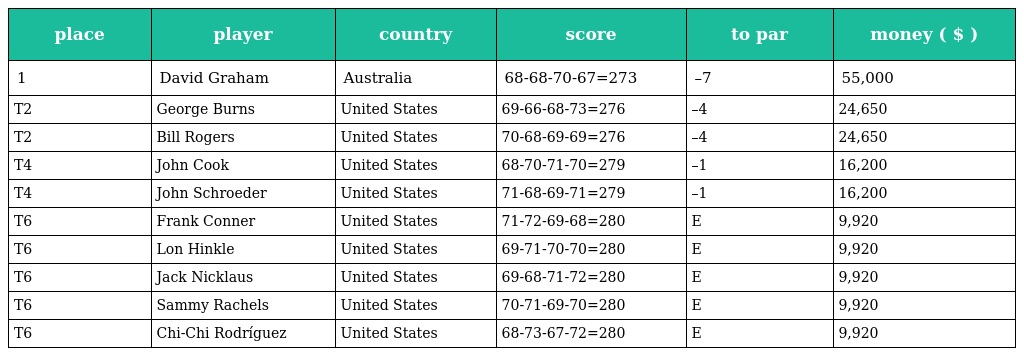
| place | player | country | score | to par | money ( $ ) |
 | --- | --- | --- | --- | --- | --- |
 | 1 | David Graham | Australia | 68-68-70-67=273 | –7 | 55,000 |
 | T2 | George Burns | United States | 69-66-68-73=276 | –4 | 24,650 |
 | T2 | Bill Rogers | United States | 70-68-69-69=276 | –4 | 24,650 |
 | T4 | John Cook | United States | 68-70-71-70=279 | –1 | 16,200 |
 | T4 | John Schroeder | United States | 71-68-69-71=279 | –1 | 16,200 |
 | T6 | Frank Conner | United States | 71-72-69-68=280 | E | 9,920 |
 | T6 | Lon Hinkle | United States | 69-71-70-70=280 | E | 9,920 |
 | T6 | Jack Nicklaus | United States | 69-68-71-72=280 | E | 9,920 |
 | T6 | Sammy Rachels | United States | 70-71-69-70=280 | E | 9,920 |
 | T6 | Chi-Chi Rodríguez | United States | 68-73-67-72=280 | E | 9,920 |